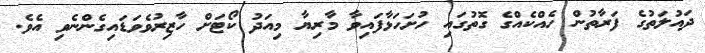
ދައުލަތުގެ ފަރާތުން ހެއްކެއްގެ ގޮތުގައި ހުށަހަޅާފައިވާ މާރިޔާ މިއަދު ކޯޓަށް ހާޒިރުވެވަޑައިގެންނެވި އެވެ.